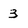
Character: 3